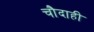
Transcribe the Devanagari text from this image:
चौदाही